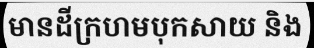
មានដីក្រហមបុកសាយ និង